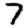
Digit: 7